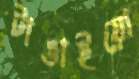
টাঙাইয়ো